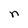
Character: n